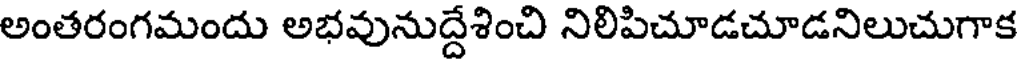
అంతరంగమందు అభవునుద్దేశించి నిలిపిచూడచూడనిలుచుగాక